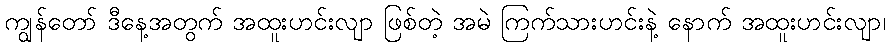
ကျွန်တော် ဒီနေ့အတွက် အထူးဟင်းလျာ ဖြစ်တဲ့ အမဲ ကြက်သားဟင်းနဲ့ နောက် အထူးဟင်းလျာ၊